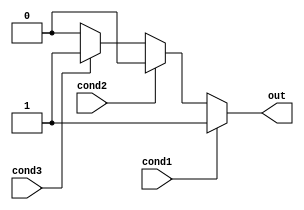
module if_else_ladder(
    input wire cond1,
    input wire cond2,
    input wire cond3,
    output reg out
);

always @(*)
begin
    if(cond1)
    begin
        // Code block for condition 1
        out <= 1'b1;
    end
    else if(cond2)
    begin
        // Code block for condition 2
        out <= 1'b0;
    end
    else if(cond3)
    begin
        // Code block for condition 3
        out <= 1'b1;
    end
    else
    begin
        // Default code block
        out <= 1'b0;
    end
end

endmodule